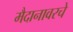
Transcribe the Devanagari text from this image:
मैदानावरचे